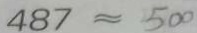
4 8 7 \approx 5 0 0